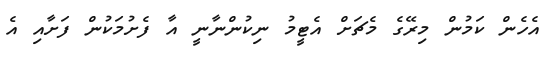
އެހެން ކަމުން މިރޭގެ މެޗަށް އެޓީމު ނިކުންނާނީ އާ ފެށުމަކުން ފަށާއި އެ